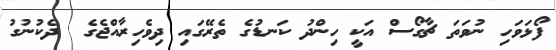
ފޯޅަވަހި ނުވަތަ ޗާގޯސް އަކީ ހިންދު ކަނޑުގެ ތެރޭގައި ދިވެހިރާއްޖެގެ  ދެކުނުގު